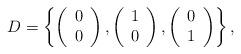
LaTeX: \begin{align*}D=\left\{ {\left( {\begin{array}{*{20}{c}}0\\0\end{array}} \right),\left( {\begin{array}{*{20}{c}}1\\0\end{array}} \right),\left( {\begin{array}{*{20}{c}}0\\1\end{array}} \right)} \right\},\end{align*}